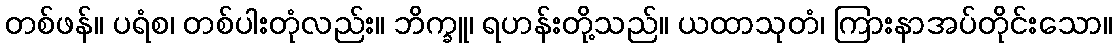
တစ်ဖန်။ ပရံစ၊ တစ်ပါးတုံလည်း။ ဘိက္ခူ၊ ရဟန်းတို့သည်။ ယထာသုတံ၊ ကြားနာအပ်တိုင်းသော။